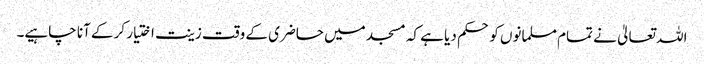
اللہ تعالیٰ نے تمام مسلمانوں کو حکم دیا ہے کہ مسجد میں حاضری کے وقت زینت اختیار کر کے آنا چاہیے۔